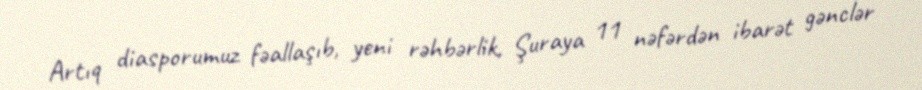
Artıq diasporumuz fəallaşıb, yeni rəhbərlik, Şuraya 11 nəfərdən ibarət gənclər